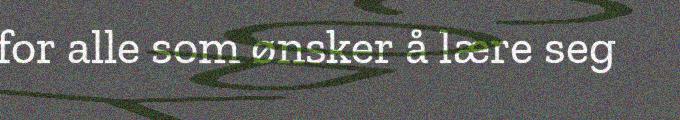
for alle som ønsker å lære seg